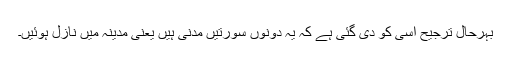
بہرحال ترجیح اسی کو دی گئی ہے کہ یہ دونوں سورتیں مدنی ہیں یعنی مدینہ میں نازل ہوئیں۔